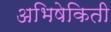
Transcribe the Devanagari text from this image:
अभिषेकिती